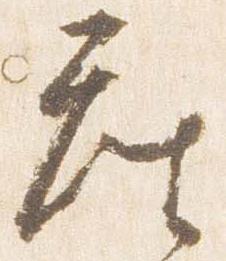
座